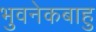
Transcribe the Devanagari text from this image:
भुवनेकबाहु